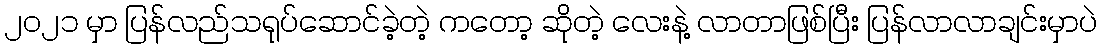
၂၀၂၁ မှာ ပြန်လည်သရုပ်ဆောင်ခဲ့တဲ့ ကတော့ ဆိုတဲ့ လေးနဲ့ လာတာဖြစ်ပြီး ပြန်လာလာချင်းမှာပဲ